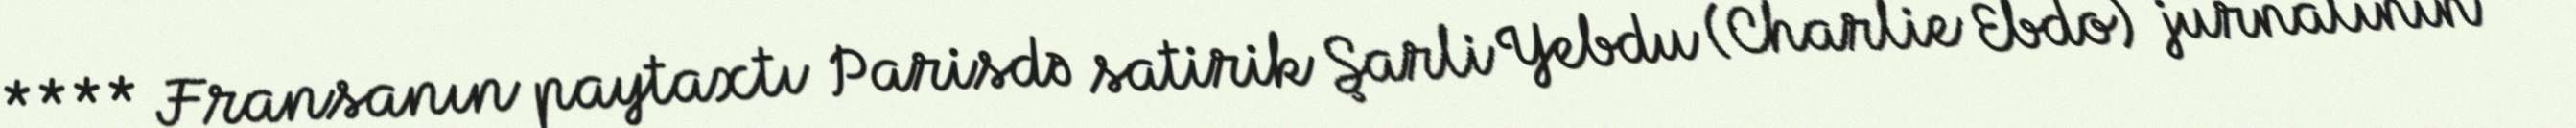
**** Fransanın paytaxtı Parisdə satirik Şarli Yebdu (Charlie Ebdo) jurnalının